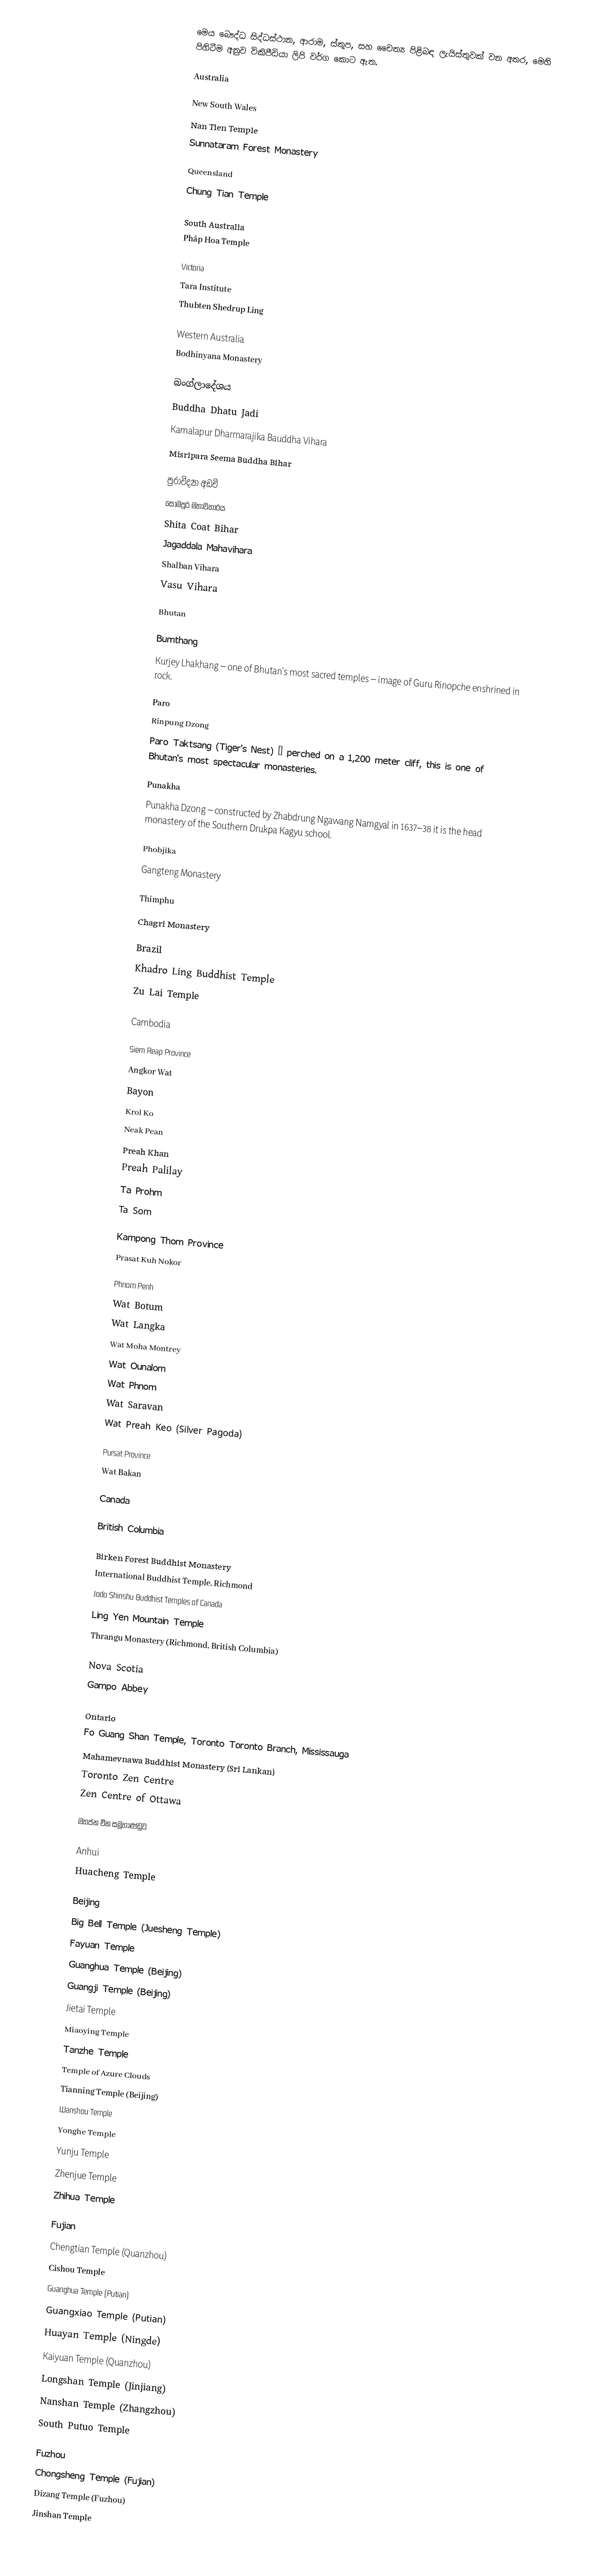
මෙය බෞද්ධ සිද්ධස්ථාන, ආරාම, ස්තූප, සහ චෛත්‍ය පිළිබඳ ලැයිස්තුවක් වන අතර, මෙහි පිහිටීම අනුව විකිපීඩියා ලිපි වර්ග කොට ඇත.

Australia

New South Wales
 Nan Tien Temple
 Sunnataram Forest Monastery

Queensland
 Chung Tian Temple

South Australia
 Pháp Hoa Temple

Victoria
 Tara Institute
 Thubten Shedrup Ling

Western Australia
 Bodhinyana Monastery

බංග්ලාදේශය
 Buddha Dhatu Jadi
 Kamalapur Dharmarajika Bauddha Vihara
 Misripara Seema Buddha Bihar

පුරාවිද්‍යා අඩවි
 සෝමපුර මහාවිහාරය
 Shita Coat Bihar
 Jagaddala Mahavihara
 Shalban Vihara
 Vasu Vihara

Bhutan

Bumthang
 Kurjey Lhakhang – one of Bhutan's most sacred temples – image of Guru Rinopche enshrined in rock.

Paro
 Rinpung Dzong
 Paro Taktsang (Tiger's Nest) – perched on a 1,200 meter cliff, this is one of Bhutan's most spectacular monasteries.

Punakha
 Punakha Dzong – constructed by Zhabdrung Ngawang Namgyal in 1637–38 it is the head monastery of the Southern Drukpa Kagyu school.

Phobjika
 Gangteng Monastery

Thimphu
 Chagri Monastery

Brazil
 Khadro Ling Buddhist Temple
 Zu Lai Temple

Cambodia

Siem Reap Province
 Angkor Wat
 Bayon
 Krol Ko
 Neak Pean
 Preah Khan
 Preah Palilay
 Ta Prohm
 Ta Som

Kampong Thom Province
 Prasat Kuh Nokor

Phnom Penh
 Wat Botum
 Wat Langka
 Wat Moha Montrey
 Wat Ounalom
 Wat Phnom
 Wat Saravan
 Wat Preah Keo (Silver Pagoda)

Pursat Province
 Wat Bakan

Canada

British Columbia

 Birken Forest Buddhist Monastery
 International Buddhist Temple, Richmond
 Jodo Shinshu Buddhist Temples of Canada
 Ling Yen Mountain Temple
 Thrangu Monastery (Richmond, British Columbia)

Nova Scotia
 Gampo Abbey

Ontario
 Fo Guang Shan Temple, Toronto Toronto Branch, Mississauga
 Mahamevnawa Buddhist Monastery (Sri Lankan)
 Toronto Zen Centre
 Zen Centre of Ottawa

මහජන චීන සමූහාණ්ඩුව

Anhui
 Huacheng Temple

Beijing
 Big Bell Temple (Juesheng Temple)
 Fayuan Temple
 Guanghua Temple (Beijing)
 Guangji Temple (Beijing)
 Jietai Temple
 Miaoying Temple
 Tanzhe Temple
 Temple of Azure Clouds
 Tianning Temple (Beijing)
 Wanshou Temple
 Yonghe Temple
 Yunju Temple
 Zhenjue Temple
 Zhihua Temple

Fujian
 Chengtian Temple (Quanzhou)
 Cishou Temple
 Guanghua Temple (Putian)
 Guangxiao Temple (Putian)
 Huayan Temple (Ningde)
 Kaiyuan Temple (Quanzhou)
 Longshan Temple (Jinjiang)
 Nanshan Temple (Zhangzhou)
 South Putuo Temple

Fuzhou
 Chongsheng Temple (Fujian)
 Dizang Temple (Fuzhou)
 Jinshan Temple